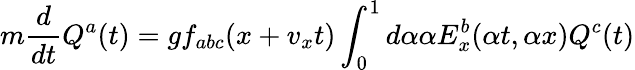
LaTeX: m{\frac{d}{dt}}Q^{a}(t)=gf_{abc}(x+v_{x}t)\int_{0}^{1}d\alpha\alpha E_{x}^{b}(\alpha t,\alpha x)Q^{c}(t)